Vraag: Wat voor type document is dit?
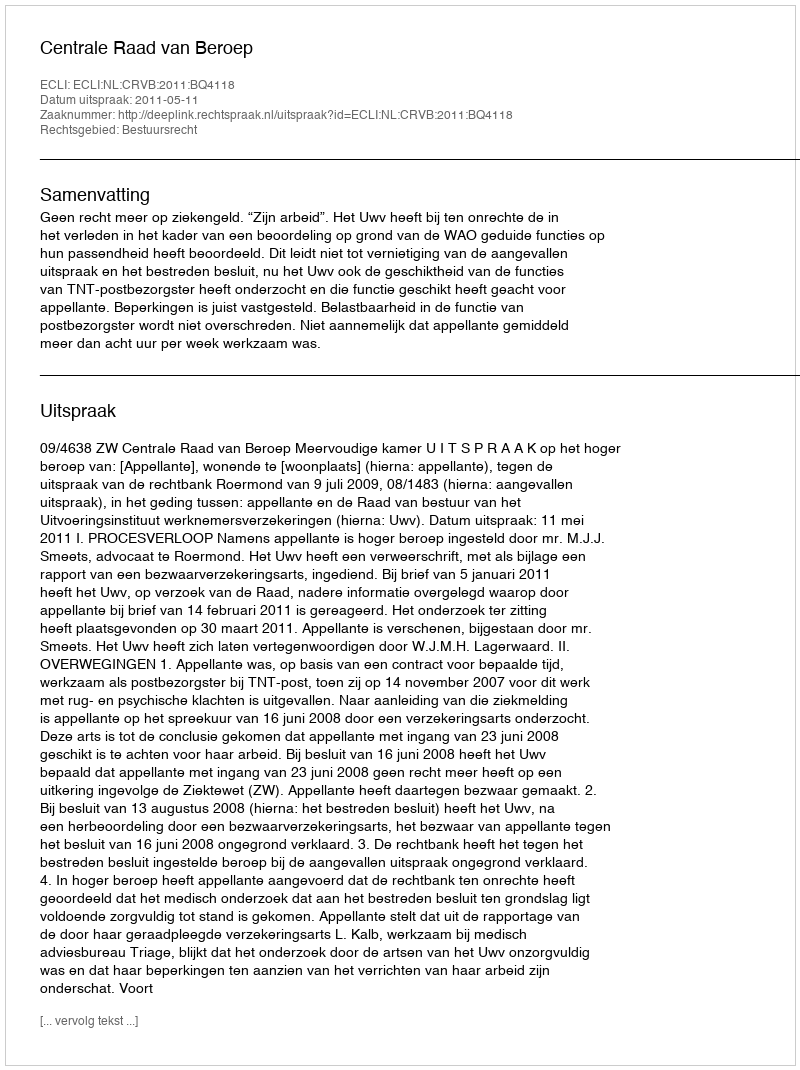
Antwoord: Uitspraak